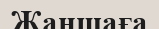
Жаншаға